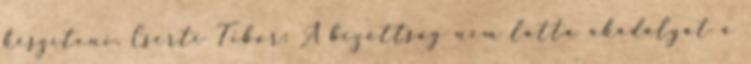
készíteni. Cserti Tibor: A bizottság nem látta akadályát a